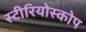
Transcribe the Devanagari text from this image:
स्टीरियोस्कोप